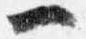
一